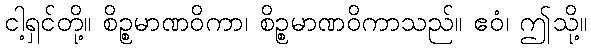
ငါ့ရှင်တို့။ စိဉ္စမာဏဝိကာ၊ စိဉ္စမာဏဝိကာသည်။ ဧဝံ၊ ဤသို့။